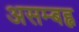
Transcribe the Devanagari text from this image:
असम्बह्व